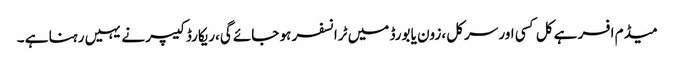
میڈم افسر ہے کل کسی اور سرکل ،زون یا بورڈ میں ٹرانسفر ہو جائے گی،ریکارڈ کیپر نے یہیں رہنا ہے ۔